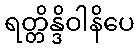
ရတ္တိန္ဒိဝါနိပေ